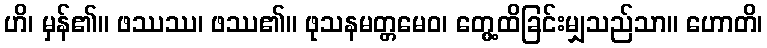
ဟိ၊ မှန်၏။ ဖဿဿ၊ ဖဿ၏။ ဖုသနမတ္တမေဝ၊ တွေ့ထိခြင်းမျှသည်သာ။ ဟောတိ၊